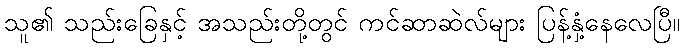
သူ၏ သည်းခြေနှင့် အသည်းတို့တွင် ကင်ဆာဆဲလ်များ ပြန့်နှံ့နေလေပြီ။